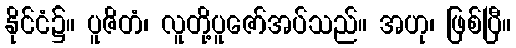
နိုင်ငံ၌။ ပူဇိတံ၊ လူတို့ပူဇော်အပ်သည်။ အဟု၊ ဖြစ်ပြီ။